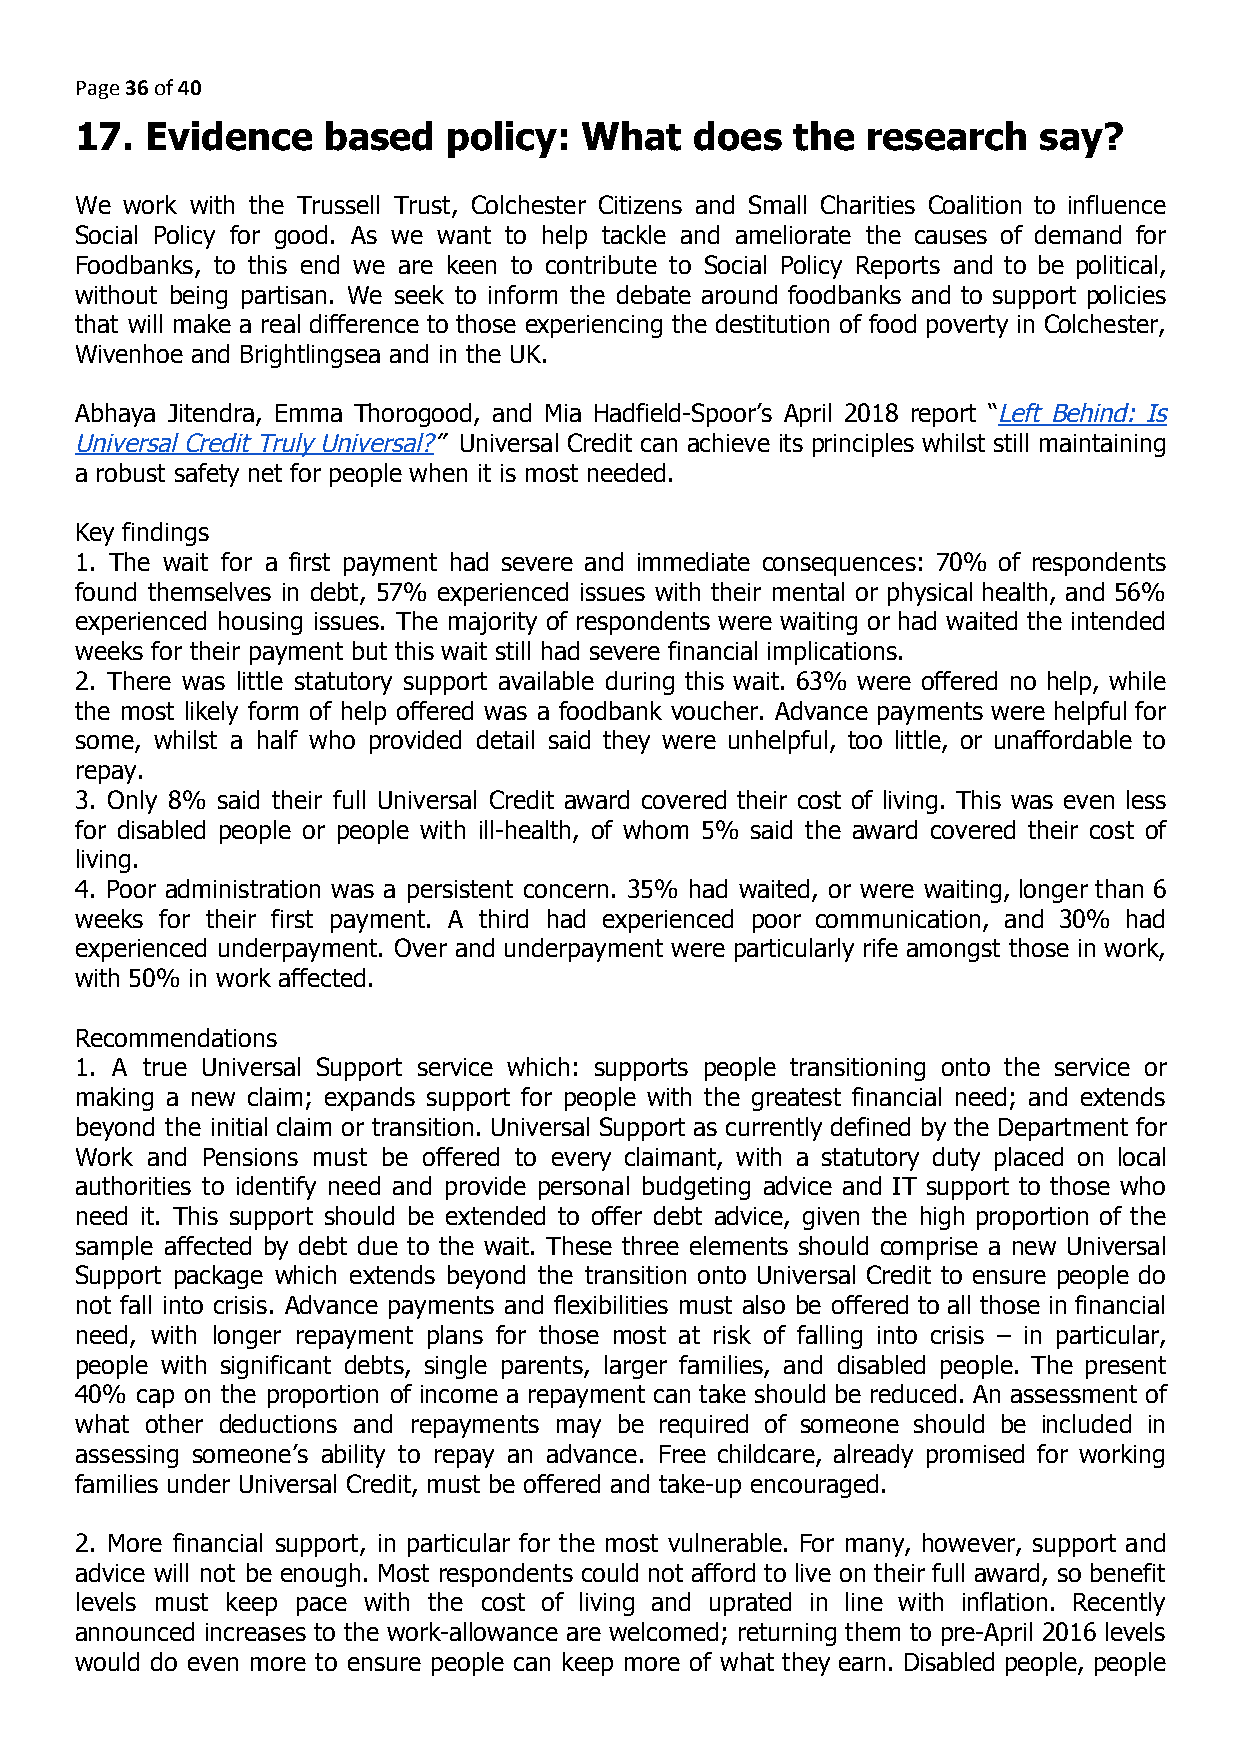
Page 36 of 40
 ​​
 17.  Evidence   based    policy:  What   does   the research    say?
 We work with the Trussell Trust, Colchester Citizens and Small Charities Coalition to influence
 Social Policy for good. As we want to help tackle and ameliorate the causes of demand for
 Foodbanks, to this end we are keen to contribute to Social Policy Reports and to be political,
 without being partisan. We seek to inform the debate around foodbanks and to support policies
 that will make a real difference to those experiencing the destitution of food poverty in Colchester,
 Wivenhoe and Brightlingsea and in the UK.
 Abhaya Jitendra, Emma Thorogood, and Mia Hadfield-Spoor’s April 2018 report “L​ eft Behind: Is
 Universal Credit Truly Universal?”​ Universal Credit can achieve its principles whilst still maintaining
 a robust safety net for people when it is most needed.
 Key findings
 1. The wait for a first payment had severe and immediate consequences: 70% of respondents
 found themselves in debt, 57% experienced issues with their mental or physical health, and 56%
 experienced housing issues. The majority of respondents were waiting or had waited the intended
 weeks for their payment but this wait still had severe financial implications.
 2. There was little statutory support available during this wait. 63% were offered no help, while
 the most likely form of help offered was a foodbank voucher. Advance payments were helpful for
 some, whilst a half who provided detail said they were unhelpful, too little, or unaffordable to
 repay.
 3. Only 8% said their full Universal Credit award covered their cost of living. This was even less
 for disabled people or people with ill-health, of whom 5% said the award covered their cost of
 living.
 4. Poor administration was a persistent concern. 35% had waited, or were waiting, longer than 6
 weeks for their first payment. A third had experienced poor communication, and 30% had
 experienced underpayment. Over and underpayment were particularly rife amongst those in work,
 with 50% in work affected.
 Recommendations
 1. A true Universal Support service which: supports people transitioning onto the service or
 making a new claim; expands support for people with the greatest financial need; and extends
 beyond the initial claim or transition. Universal Support as currently defined by the Department for
 Work and Pensions must be offered to every claimant, with a statutory duty placed on local
 authorities to identify need and provide personal budgeting advice and IT support to those who
 need it. This support should be extended to offer debt advice, given the high proportion of the
 sample affected by debt due to the wait. These three elements should comprise a new Universal
 Support package which extends beyond the transition onto Universal Credit to ensure people do
 not fall into crisis. Advance payments and flexibilities must also be offered to all those in financial
 need, with longer repayment plans for those most at risk of falling into crisis – in particular,
 people with significant debts, single parents, larger families, and disabled people. The present
 40% cap on the proportion of income a repayment can take should be reduced. An assessment of
 what other deductions and repayments may be required of someone should be included in
 assessing someone’s ability to repay an advance. Free childcare, already promised for working
 families under Universal Credit, must be offered and take-up encouraged.
 2. More financial support, in particular for the most vulnerable. For many, however, support and
 advice will not be enough. Most respondents could not afford to live on their full award, so benefit
 levels must keep pace with the cost of living and uprated in line with inflation. Recently
 announced increases to the work-allowance are welcomed; returning them to pre-April 2016 levels
 would do even more to ensure people can keep more of what they earn. Disabled people, people